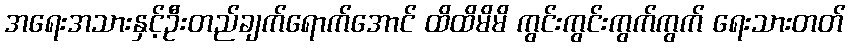
အရေးအသားနှင့်ဦးတည်ချက်ရောက်အောင် ထိထိမိမိ ကွင်းကွင်းကွက်ကွက် ရေးသားတတ်